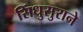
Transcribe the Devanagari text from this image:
सिंधुसुराने